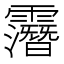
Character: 𲊏